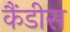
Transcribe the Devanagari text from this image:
कैंडीस